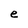
Character: e